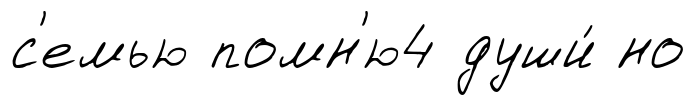
с'емью помн'ю4 души́ но